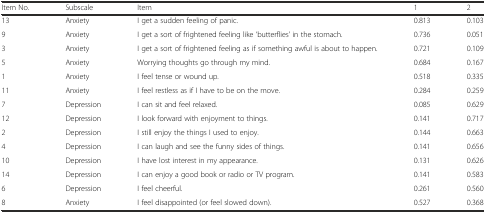
<table><thead><tr><td><b>Item No.</b></td><td><b>Subscale</b></td><td><b>Item</b></td><td><b>1</b></td><td><b>2</b></td></tr></thead><tbody><tr><td>13</td><td>Anxiety</td><td>I get a sudden feeling of panic.</td><td>0.813</td><td>0.103</td></tr><tr><td>9</td><td>Anxiety</td><td>I get a sort of frightened feeling like ‘butterflies’ in the stomach.</td><td>0.736</td><td>0.051</td></tr><tr><td>3</td><td>Anxiety</td><td>I get a sort of frightened feeling as if something awful is about to happen.</td><td>0.721</td><td>0.109</td></tr><tr><td>5</td><td>Anxiety</td><td>Worrying thoughts go through my mind.</td><td>0.684</td><td>0.167</td></tr><tr><td>1</td><td>Anxiety</td><td>I feel tense or wound up.</td><td>0.518</td><td>0.335</td></tr><tr><td>11</td><td>Anxiety</td><td>I feel restless as if I have to be on the move.</td><td>0.284</td><td>0.259</td></tr><tr><td>7</td><td>Depression</td><td>I can sit and feel relaxed.</td><td>0.085</td><td>0.629</td></tr><tr><td>12</td><td>Depression</td><td>I look forward with enjoyment to things.</td><td>0.141</td><td>0.717</td></tr><tr><td>2</td><td>Depression</td><td>I still enjoy the things I used to enjoy.</td><td>0.144</td><td>0.663</td></tr><tr><td>4</td><td>Depression</td><td>I can laugh and see the funny sides of things.</td><td>0.141</td><td>0.656</td></tr><tr><td>10</td><td>Depression</td><td>I have lost interest in my appearance.</td><td>0.131</td><td>0.626</td></tr><tr><td>14</td><td>Depression</td><td>I can enjoy a good book or radio or TV program.</td><td>0.141</td><td>0.583</td></tr><tr><td>6</td><td>Depression</td><td>I feel cheerful.</td><td>0.261</td><td>0.560</td></tr><tr><td>8</td><td>Anxiety</td><td>I feel disappointed (or feel slowed down).</td><td>0.527</td><td>0.368</td></tr></tbody></table>